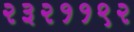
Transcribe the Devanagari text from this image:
२३२११९२